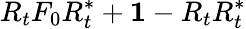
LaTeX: R_{t}F_{0}R_{t}^{*}+{\mathbf 1}-R_{t}R_{t}^{*}